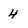
Character: 4